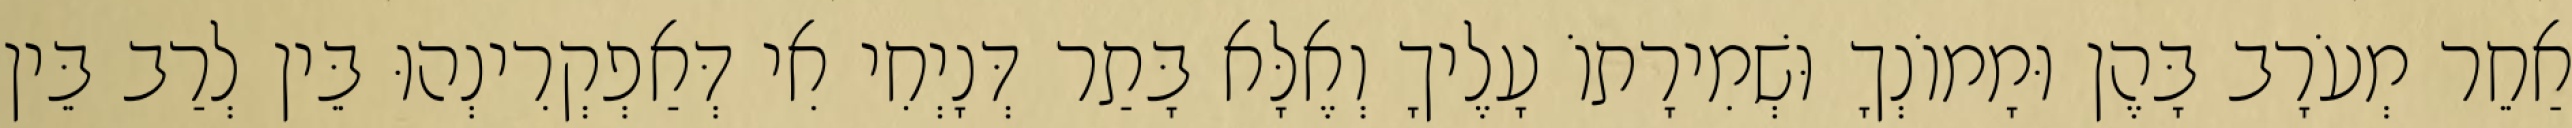
אַחֵר מְעֹרָב בָּהֶן וּמָמוֹנְךָ וּשְׁמִירָתוֹ עָלֶיךָ וְאֶלָּא בָּתַר דְּנָיְחִי אִי דְּאַפְקְרִינְהוּ בֵּין לְרַב בֵּין